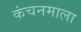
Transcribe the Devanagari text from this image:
कंचनमाला